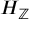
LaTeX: H _ { \mathbb { Z } }